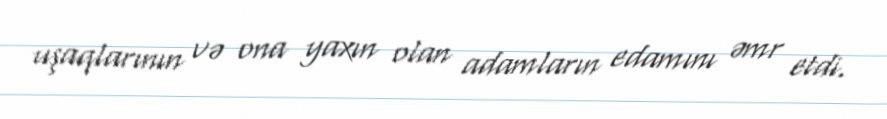
uşaqlarının və ona yaxın olan adamların edamını əmr etdi.